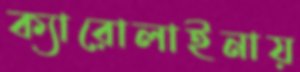
ক্যারোলাইনায়